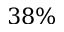
3 8 \%